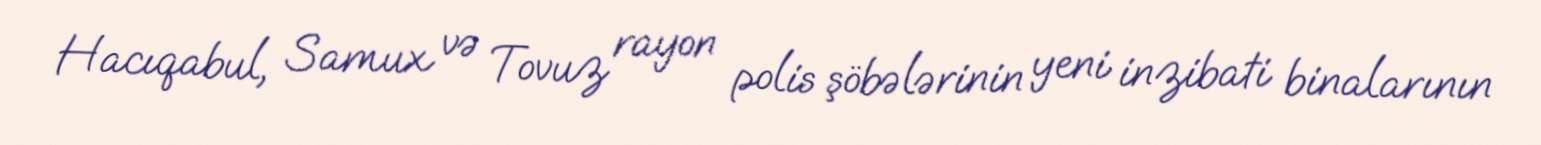
Hacıqabul, Samux və Tovuz rayon polis şöbələrinin yeni inzibati binalarının